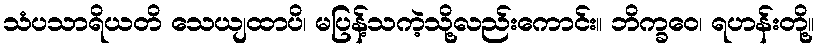
သံပသာရိယတိ သေယျထာပိ၊ မပြန့်သကဲ့သို့လည်းကောင်း။ ဘိက္ခဝေ၊ ရဟန်းတို့။